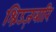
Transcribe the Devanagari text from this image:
श्रिउज़बारि